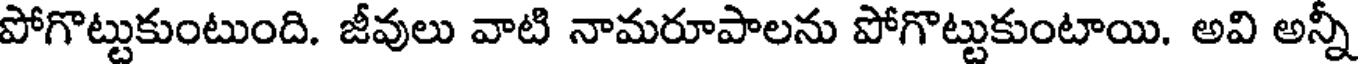
పోగొట్టుకుంటుంది. జీవులు వాటి నామరూపాలను పోగొట్టుకుంటాయి. అవి అన్నీ